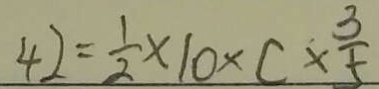
4 2 = \frac { 1 } { 2 } \times 1 0 \times c \times \frac { 3 } { 5 }